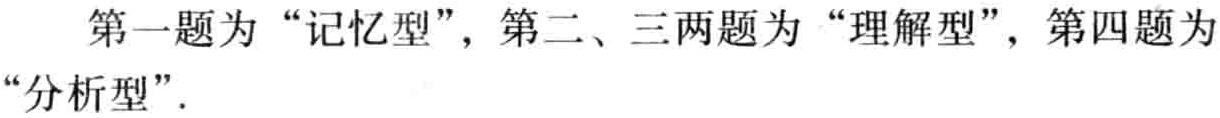
讲解 有这样的解法:设\(x\)为实数,将所给的方程看成二次方程,则其判别式应大于或等于\(0\).